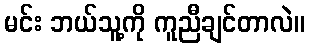
မင်း ဘယ်သူ့ကို ကူညီချင်တာလဲ။